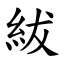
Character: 紱